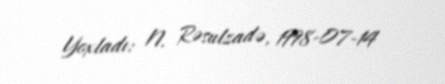
Yoxladı: N. Rəsulzadə, 1998-07-14